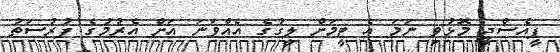
ޕީއެސްޖީ މޮޅުވި ނަމަ އެ ޓީމަށް ލީގުގެ އެއްވަަނަ އަށް އެރުމުގެ ފުރުސަތު